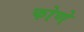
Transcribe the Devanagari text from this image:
फोणे